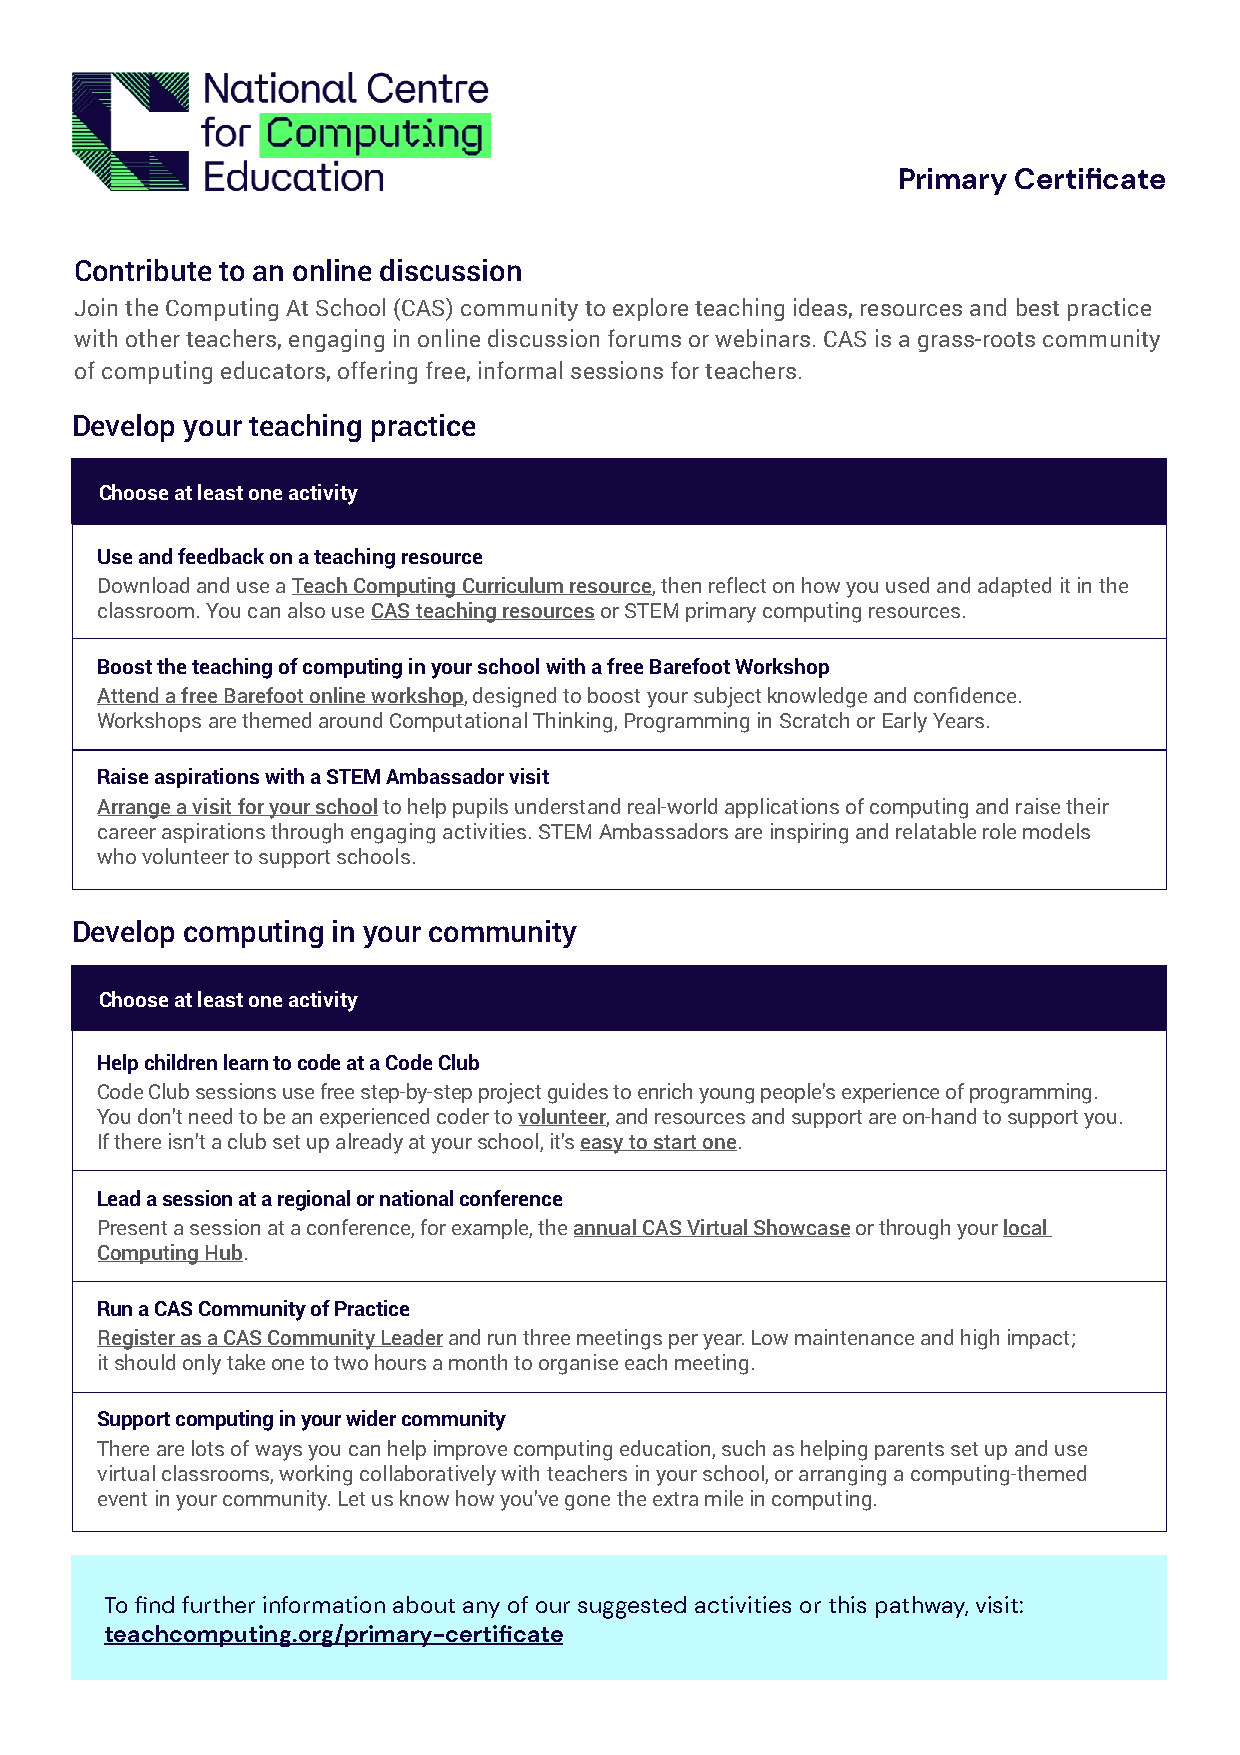
Primary Certificate
 Contribute to an online discussion
 Join the Computing At School (CAS) community to explore teaching ideas, resources and best practice
 with other teachers, engaging in online discussion forums or webinars. CAS is a grass-roots community
 of computing educators, offering free, informal sessions for teachers.
 Develop your teaching practice
 Choose at least one activity
 Use and feedback on a teaching resource
 Download and use a Teach Computing Curriculum resource, then reflect on how you used and adapted it in the
 classroom. You can also use CAS teaching resources or STEM primary computing resources.
 Boost the teaching of computing in your school with a free Barefoot Workshop
 Attend a free Barefoot online workshop, designed to boost your subject knowledge and confidence.
 Workshops are themed around Computational Thinking, Programming in Scratch or Early Years.
 Raise aspirations with a STEM Ambassador visit
 Arrange a visit for your school to help pupils understand real-world applications of computing and raise their
 career aspirations through engaging activities. STEM Ambassadors are inspiring and relatable role models
 who volunteer to support schools.
 Develop computing in your community
 Choose at least one activity
 Help children learn to code at a Code Club
 Code Club sessions use free step-by-step project guides to enrich young people’s experience of programming.
 You don’t need to be an experienced coder to volunteer, and resources and support are on-hand to support you.
 If there isn’t a club set up already at your school, it’s easy to start one.
 Lead a session at a regional or national conference
 Present a session at a conference, for example, the annual CAS Virtual Showcase or through your local
 Computing Hub.
 Run a CAS Community of Practice
 Register as a CAS Community Leader and run three meetings per year. Low maintenance and high impact;
 it should only take one to two hours a month to organise each meeting.
 Support computing in your wider community
 There are lots of ways you can help improve computing education, such as helping parents set up and use
 virtual classrooms, working collaboratively with teachers in your school, or arranging a computing-themed
 event in your community. Let us know how you’ve gone the extra mile in computing.
 To find further information about any of our suggested activities or this pathway, visit:
 teachcomputing.org/primary-certificate